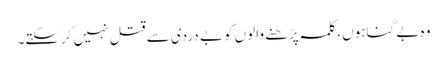
وہ بے گناہوں، کلمہ پڑھنے والوں کو بے دردی سے قتل نہیں کرسکتے۔